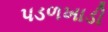
પડળખાડી